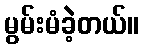
မွမ်းမံခဲ့တယ်။